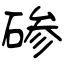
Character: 碜